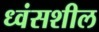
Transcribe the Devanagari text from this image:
ध्वंसशील